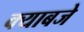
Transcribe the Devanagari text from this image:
क्याबजे